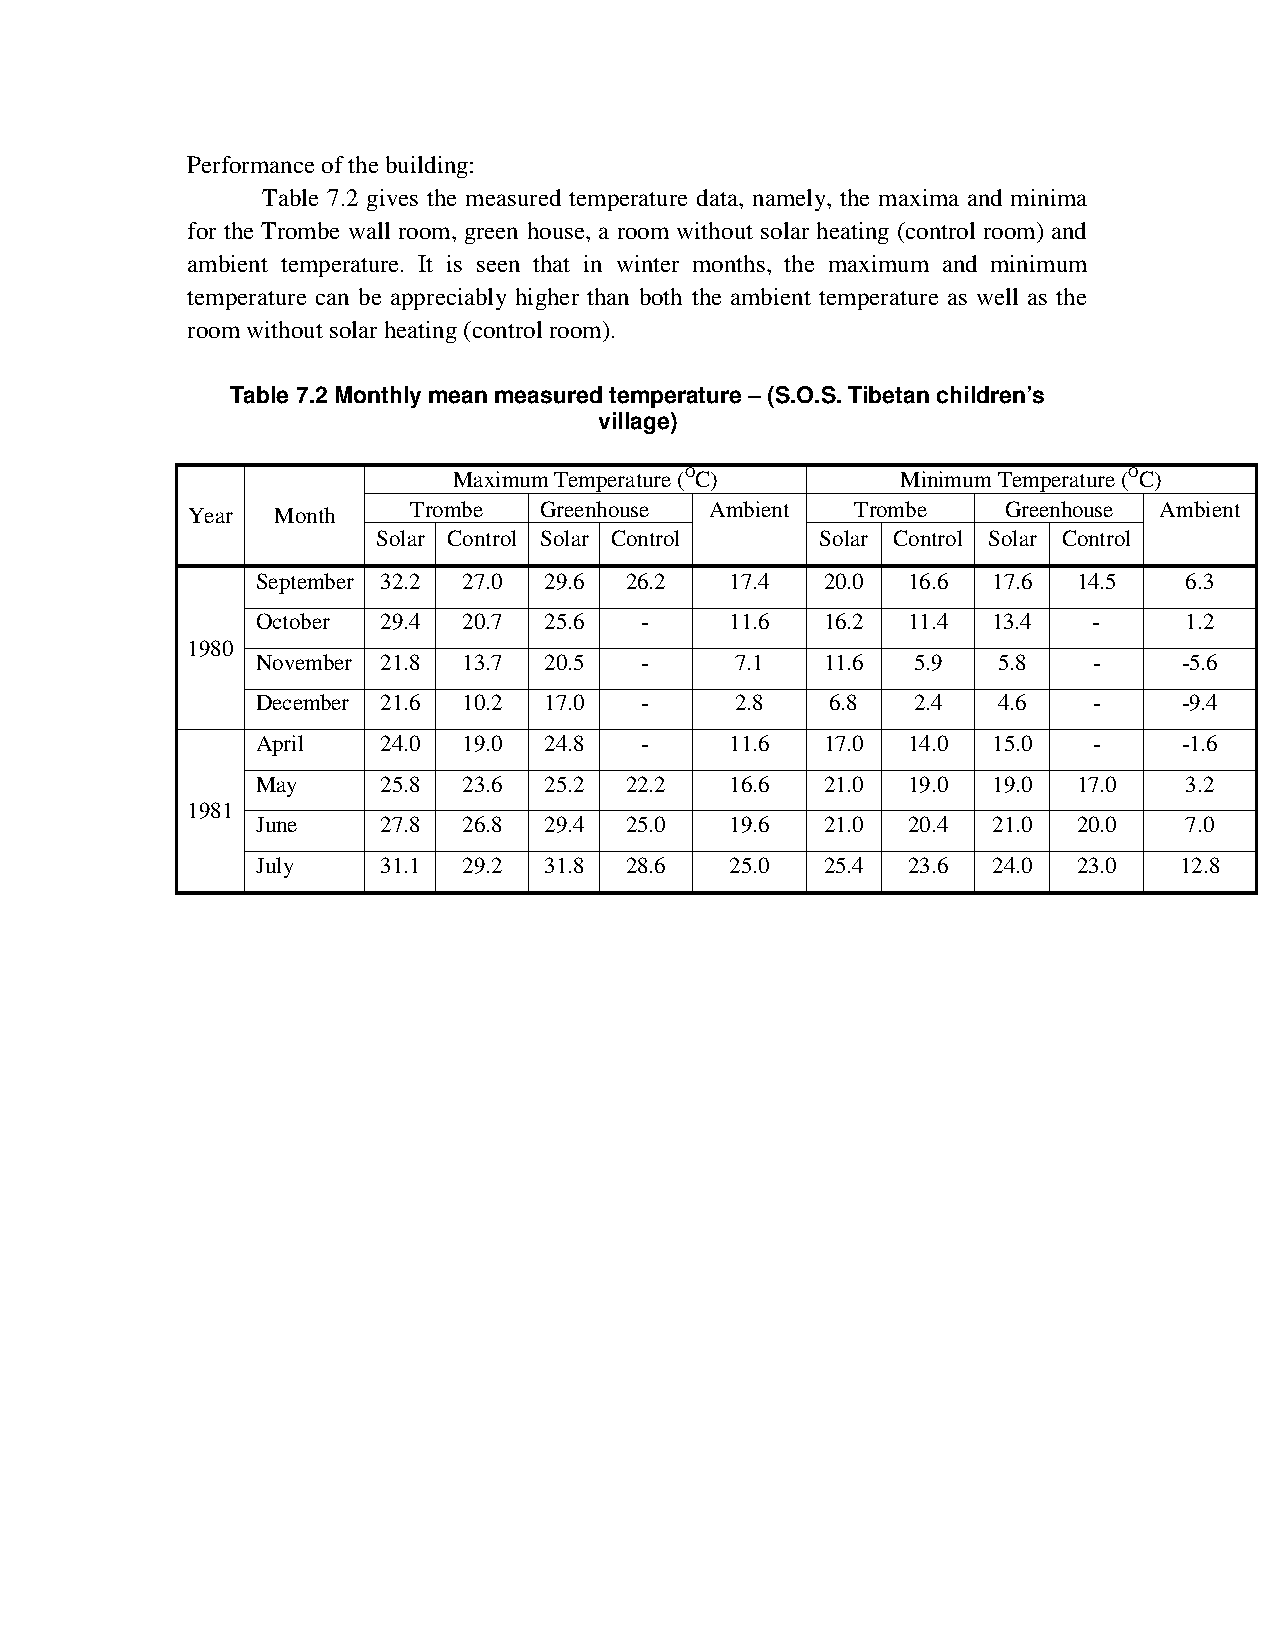
Performance of the building:
 Table 7.2 gives the measured temperature data, namely, the maxima and minima
 for the Trombe wall room, green house, a room without solar heating (control room) and
 ambient temperature. It is seen that in winter months, the maximum and minimum
 temperature can be appreciably higher than both the ambient temperature as well as the
 room without solar heating (control room).
 Table 7.2 Monthly mean measured temperature – (S.O.S. Tibetan children’s
 village)
 Maximum Temperature (OC)      Minimum Temperature (OC)
 Trombe   Greenhouse Ambient   Trombe    Greenhouse Ambient
 Year  Month
 Solar Control Solar Control  Solar Control Solar Control
 September 32.2 27.0 29.6 26.2  17.4   20.0 16.6  17.6 14.5   6.3
 October 29.4  20.7 25.6  -     11.6   16.2 11.4  13.4  -     1.2
 1980
 November 21.8 13.7 20.5  -      7.1   11.6 5.9   5.8   -     -5.6
 December 21.6 10.2 17.0  -      2.8   6.8  2.4   4.6   -     -9.4
 April   24.0  19.0 24.8  -     11.6   17.0 14.0  15.0  -     -1.6
 May     25.8  23.6 25.2 22.2   16.6   21.0 19.0  19.0 17.0   3.2
 1981
 June    27.8  26.8 29.4 25.0   19.6   21.0 20.4  21.0 20.0   7.0
 July    31.1  29.2 31.8 28.6   25.0   25.4 23.6  24.0 23.0   12.8